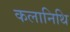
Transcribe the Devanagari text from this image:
कलानिथि